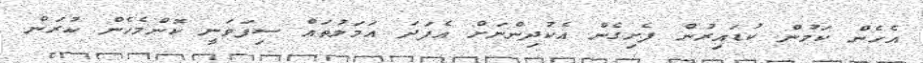
އެހެން ކަމުން ކުޑައިރުން ފެށިގެން އެކުދިންނަށް އެފަދަ އަމަލުތައް ސިފަވަނީ ކޮންމެހެން ކުރަން